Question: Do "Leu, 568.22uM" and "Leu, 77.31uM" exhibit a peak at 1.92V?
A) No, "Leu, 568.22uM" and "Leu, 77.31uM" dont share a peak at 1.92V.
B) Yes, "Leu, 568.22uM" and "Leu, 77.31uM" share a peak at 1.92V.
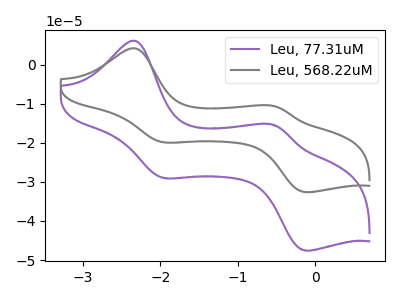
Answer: <think>The purple curve "Leu, 77.31uM" has anodic peaks at (-2.30V, 6.05uA) (-0.50V, -15.50uA) and cathodic peaks at (-1.95V, -29.00uA) (-0.15V, -47.55uA). The gray curve "Leu, 568.22uM" has anodic peaks at (-2.30V, 4.15uA) (-0.50V, -10.65uA) and cathodic peaks at (-1.95V, -19.90uA) (-0.15V, -32.60uA).</think>
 <answer>A) No, "Leu, 568.22uM" and "Leu, 77.31uM" dont share a peak at 1.92V.</answer>
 <eval>A</eval>